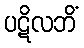
ပဋိလဘိံ